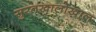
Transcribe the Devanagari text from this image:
सुरतखालोखाल